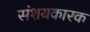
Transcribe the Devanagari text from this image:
संशयकारक